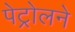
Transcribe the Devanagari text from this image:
पेट्रोलने